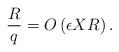
LaTeX: \begin{align*}\frac{R}{q} = O\left(\epsilon X R\right).\end{align*}